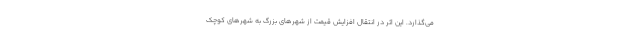
می‌گذارد. این اثر در انتقال افزایش قیمت از شهرهای بزرگ به شهرهای کوچک